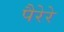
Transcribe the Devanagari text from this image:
पैरेरे